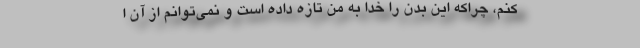
کنم، چراکه این بدن را خدا به من تازه داده است و نمی‌توانم از آن ا